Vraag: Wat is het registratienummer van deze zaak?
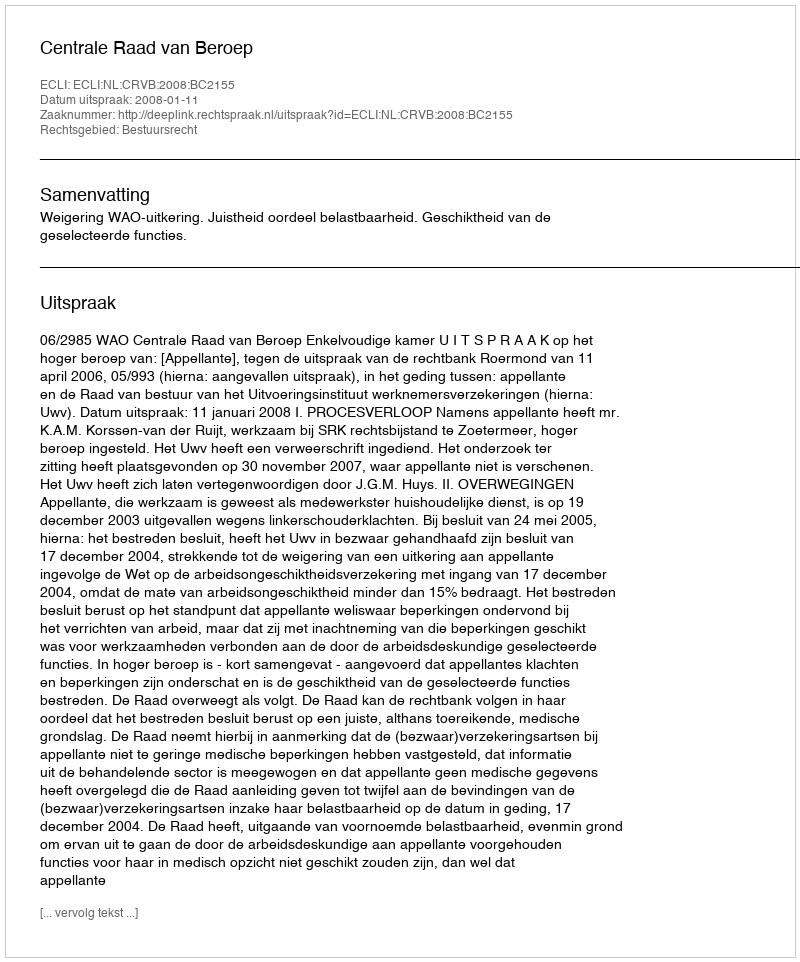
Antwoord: http://deeplink.rechtspraak.nl/uitspraak?id=ECLI:NL:CRVB:2008:BC2155